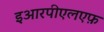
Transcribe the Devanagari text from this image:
इआरपीएलएफ़